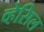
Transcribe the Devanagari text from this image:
व्हेसिल